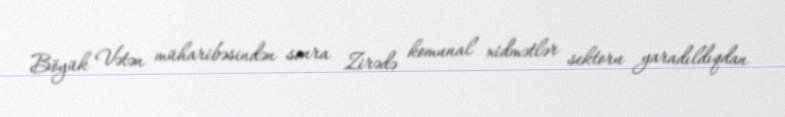
Böyük Vətən müharibəsindən sonra Zirədə komunal xidmətlər sektoru yaradıldıqdan